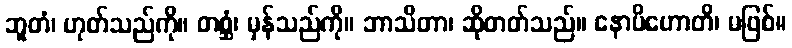
ဘူတံ၊ ဟုတ်သည်ကို။ တစ္ဆံ၊ မှန်သည်ကို။ ဘာသိတာ၊ ဆိုတတ်သည်။ နောပိဟောတိ၊ မဖြစ်။